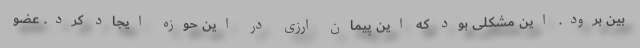
بین برود. این مشکلی بود که این پیمان ارزی در این حوزه ایجاد کرد. عضو